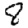
Digit: 8